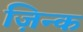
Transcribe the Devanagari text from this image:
ज़िन्क